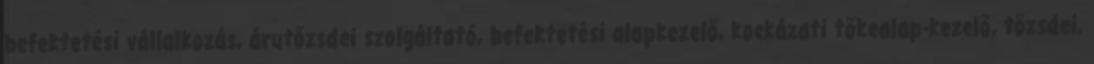
befektetési vállalkozás, árutőzsdei szolgáltató, befektetési alapkezelő, kockázati tőkealap-kezelő, tőzsdei,